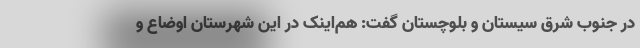
در جنوب شرق سیستان و بلوچستان گفت: هم‌اینک در این شهرستان اوضاع و